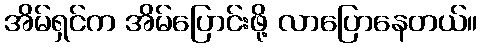
အိမ်ရှင်က အိမ်ပြောင်းဖို့ လာပြောနေတယ်။